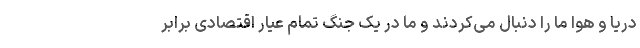
دریا و هوا ما را دنبال می‌کردند و ما در یک جنگ تمام عیار اقتصادی برابر